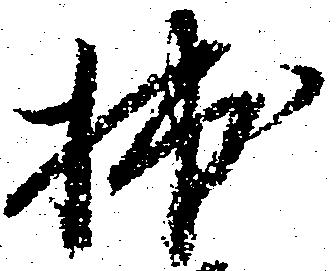
拙